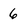
Character: 6